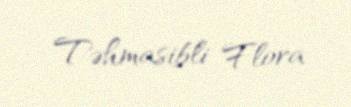
Təhmasibli Flora